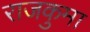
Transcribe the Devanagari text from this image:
राजकुमा